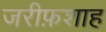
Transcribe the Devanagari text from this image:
जरीफ़शाह